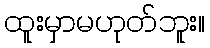
ထူးမှာမဟုတ်ဘူး။